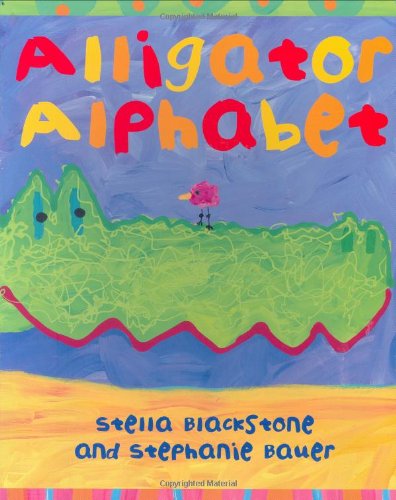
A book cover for Alligator Alphabet; Stella Blackstone; Children's Books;